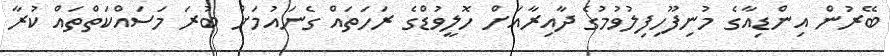
ބޭރުން އިންޑިއާގެ މުނިފޫހިފިލުވުމުގެ ދާއިރާއަށް ހޮލީވުޑްގެ ރަހަތައް ގެނައުމަށް ބުރަ މަސައްކަތްތައް ކުރާ